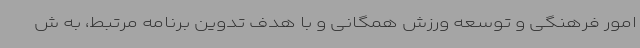
امور فرهنگی و توسعه ورزش همگانی و با هدف تدوین برنامه مرتبط، به ش